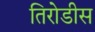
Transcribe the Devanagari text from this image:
तिरोडीस